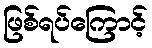
ဖြစ်ရပ်ကြောင့်